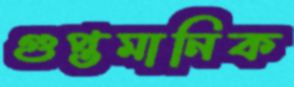
গুপ্তমানিক